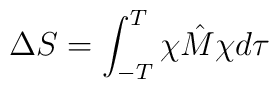
\Delta S = \int_{-T}^T \chi\hat{M}\chi d\tau